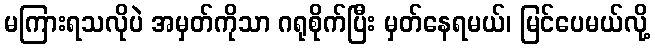
မကြားရသလိုပဲ အမှတ်ကိုသာ ဂရုစိုက်ပြီး မှတ်နေရမယ်၊ မြင်ပေမယ်လို့